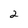
Character: 2